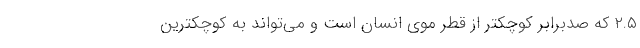
۲.۵ که صدبرابر کوچکتر از قطر موی انسان است و می‌تواند به کوچکترین